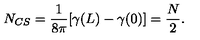
N _ { C S } = \frac { 1 } { 8 \pi } [ \gamma ( L ) - \gamma ( 0 ) ] = \frac { N } { 2 } .